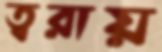
ত্বরায়